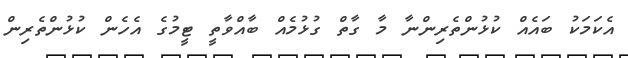
އެކަމަކު ބައެއް ކުޅުންތެރިންނާ މާ ގާތް ގުޅުމެއް ބާއްވާތީ ޓީމުގެ އެހެން ކުޅުންތެރިން